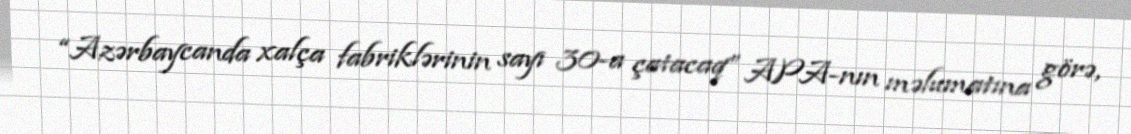
“Azərbaycanda xalça fabriklərinin sayı 30-a çatacaq” APA-nın məlumatına görə,